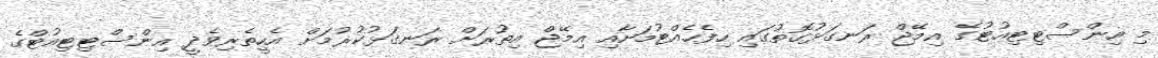
މި އިންސްޓިޓިއުޓުގެ އިމޭޖް ރަނގަޅުގޮތުގައި ހިފެހެއްޓުމަށާއި އިމޭޖް އިތުރަށް ރަނގަޅުކުރުމަށް އެހީތެރިވެދީ އިންސްޓިޓިއުޓްގެ